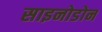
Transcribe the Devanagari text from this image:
साइनोडोन